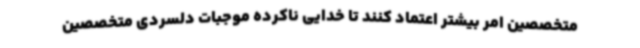
متخصصین امر بیشتر اعتماد کنند تا خدایی ناکرده موجبات دلسردی متخصصین